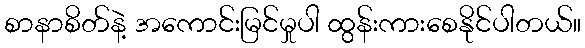
စာနာစိတ်နဲ့ အကောင်းမြင်မှုပါ ထွန်းကားစေနိုင်ပါတယ်။